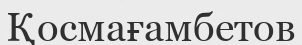
Қосмағамбетов